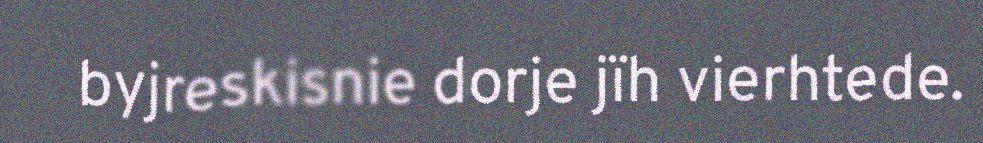
byjreskisnie dorje jïh vierhtede.